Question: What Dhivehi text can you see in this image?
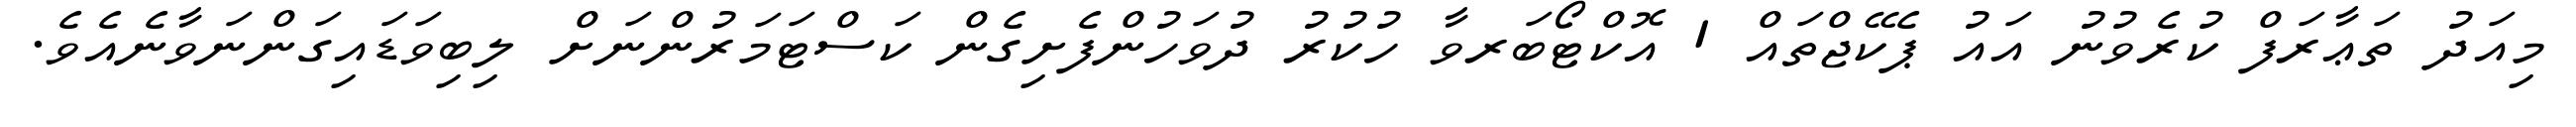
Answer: މިއަދު ތަޢާރަފް ކުރެވުނު އައު ޕެކޭޖްތައް 1 އޮކްޓޯބަރވާ ހުކުރު ދުވަހުންފެށިގެން ކަސްޓަމަރުންނަށް ލިބިވަޑައިގަންނަވާނެއެވެ.